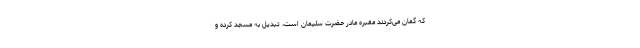
که گمان می‌کردند مقبره مادر حضرت سلیمان است، تبدیل به مسجد کرده و